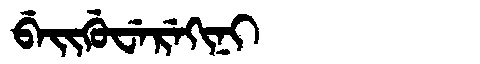
Manchu: ᠪᡝᡳᡤᡠᠸᡝᡵᡝᡴᡳᠨᡳ
Romanization: BEIGUWEREKINI